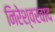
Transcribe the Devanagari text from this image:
निरेश्वरवाद